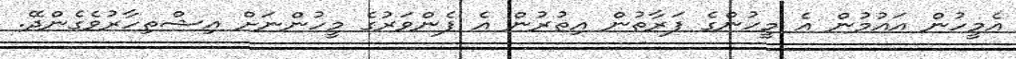
އެމީހުން އައުމުން އެ މީހުންގެ ފަރާތުން އިތުރުން އެ ފެންވަރުގެ މީހުންނަށް އިޝްތިހާރުވެގެންދޭ.